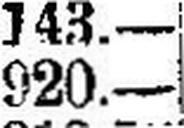
920.—